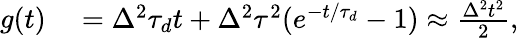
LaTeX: \begin{array}{rl}{g(t)}&{{}=\Delta^{2}\tau_{d}t+\Delta^{2}\tau^{2}(e^{-t/\tau_{d}}-1)\approx\frac{\Delta^{2}t^{2}}{2},}\end{array}